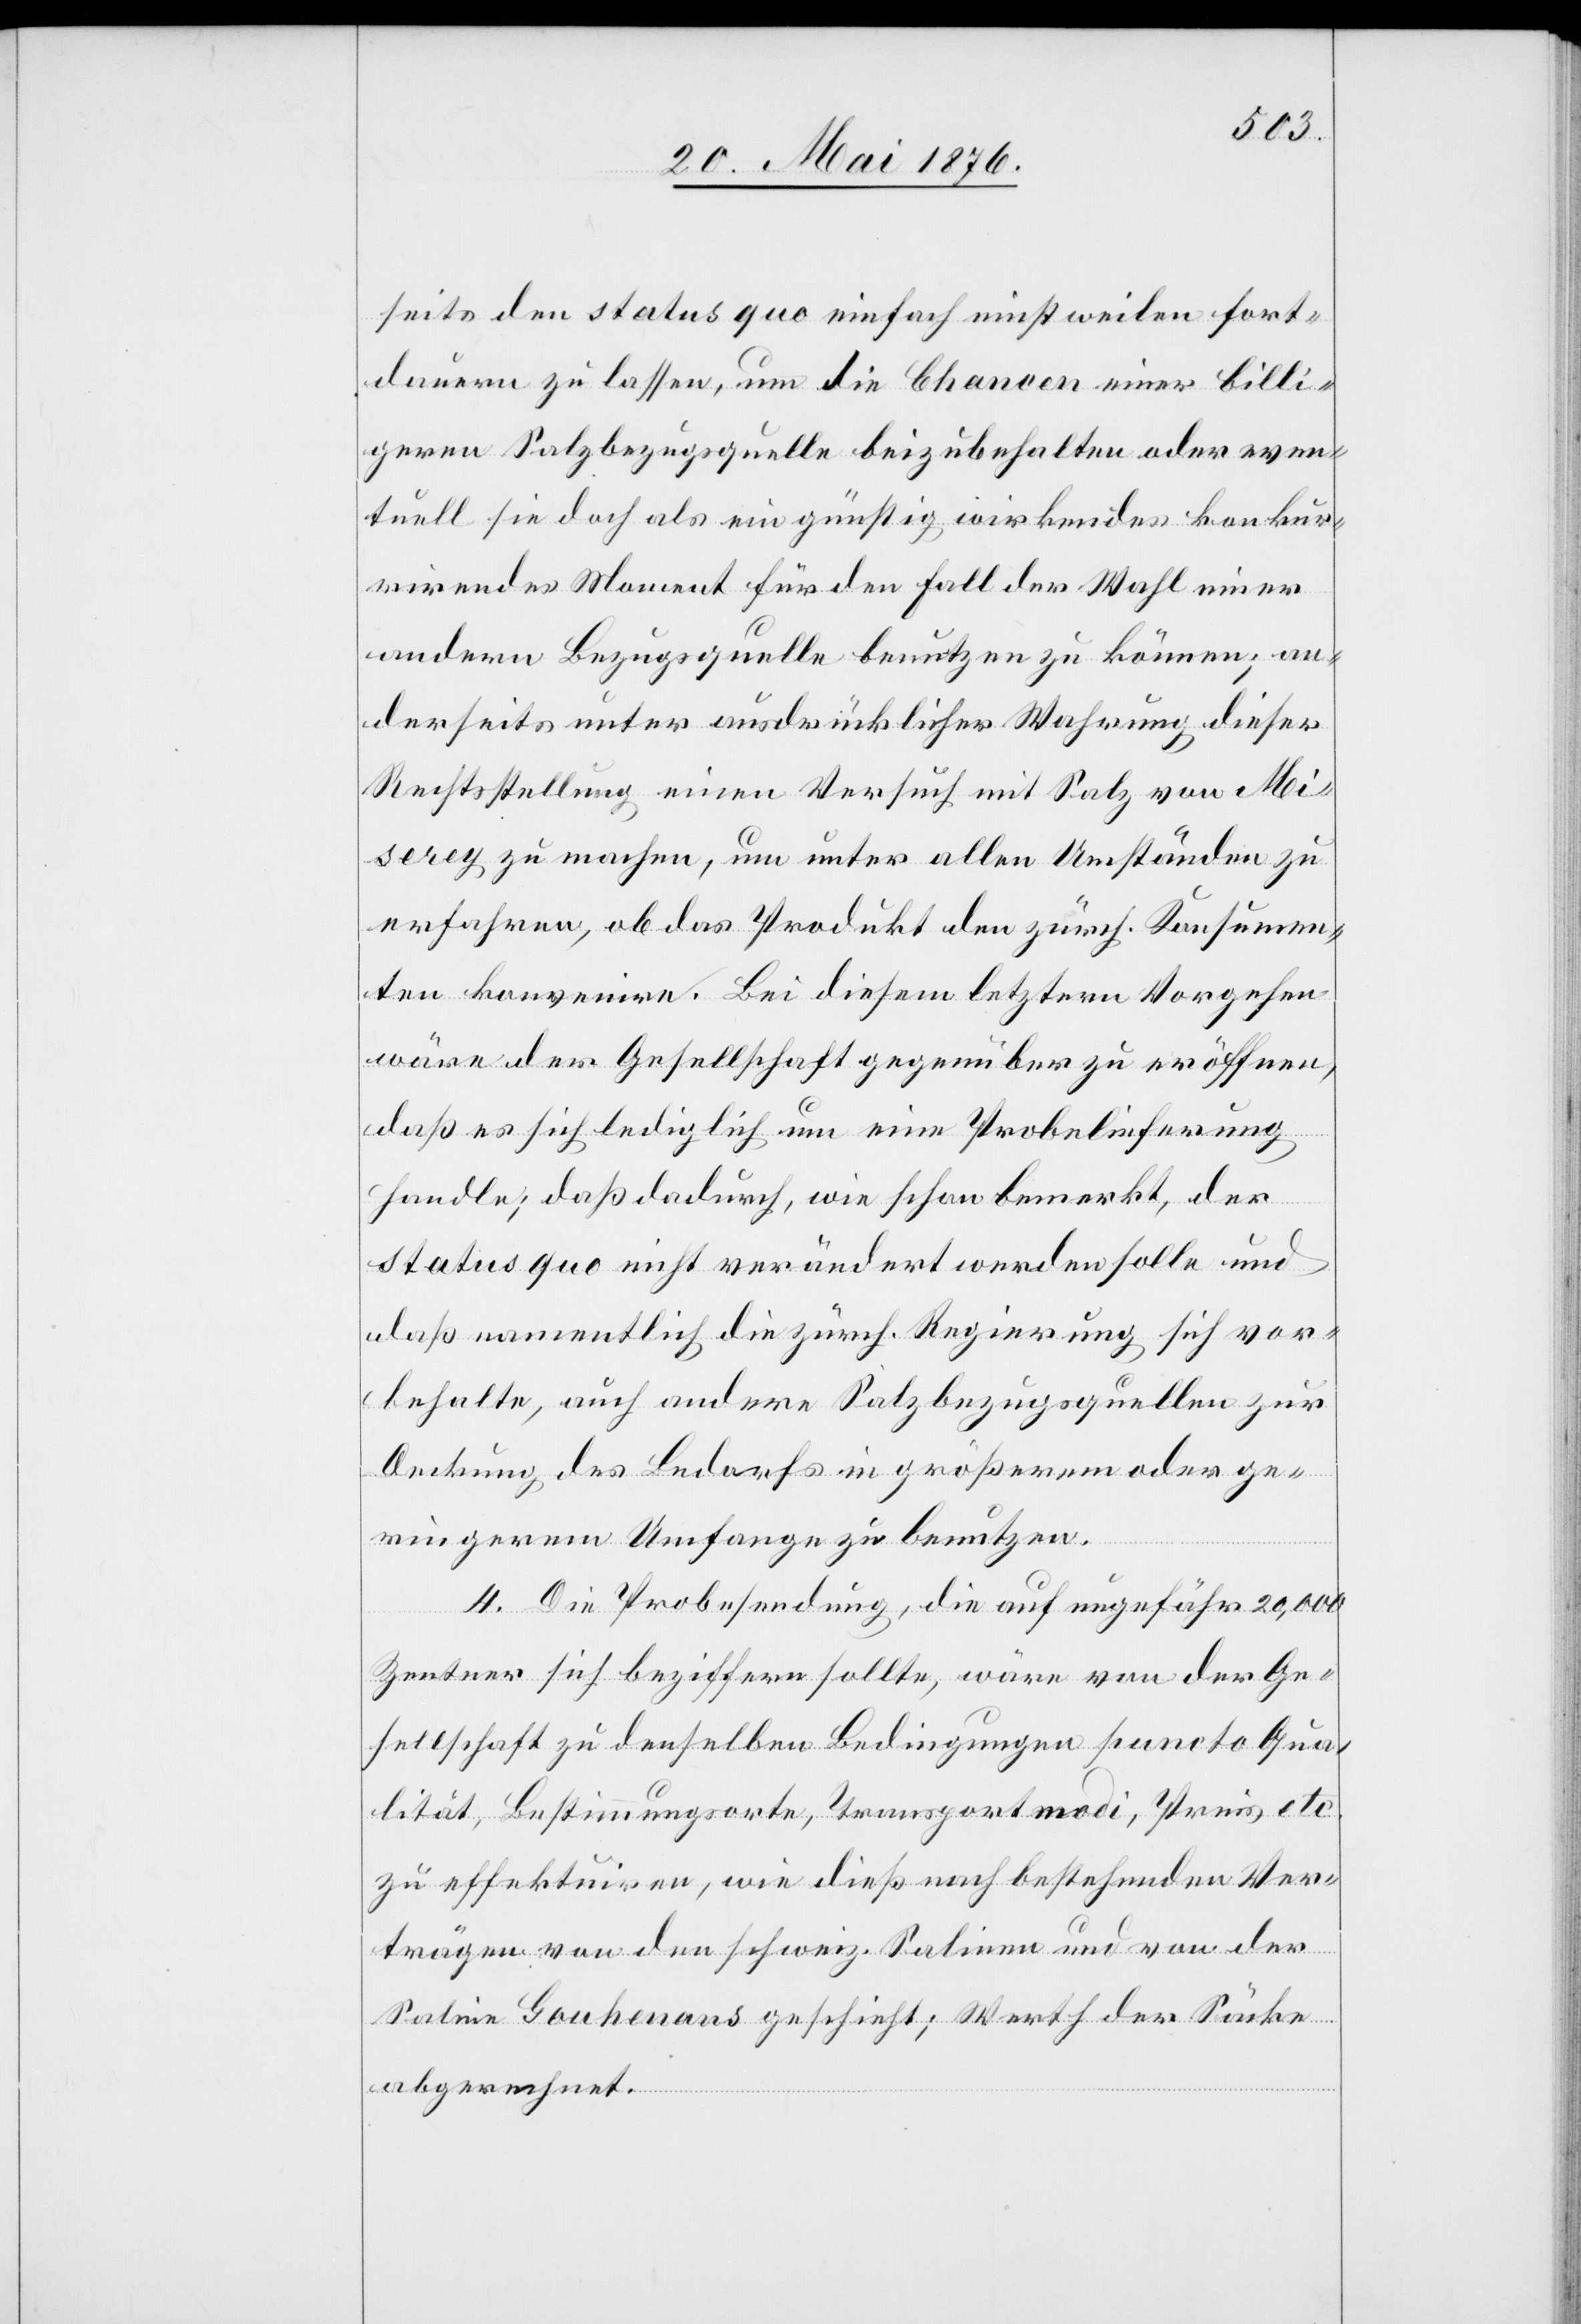
seits den status quo einfach einstweilen fort¬
dauern zu lassen, um die Chancen einer billi¬
geren Salzbezugsquelle beizubehalten oder even¬
tuell sie doch als ein günstig wirkendes konkur¬
rirendes Moment für den Fall der Wahl einer
andern Bezugsquelle benutzen zu können; an¬
derseits unter ausdrücklicher Wahrung dieser
Rechtsstellung einen Versuch mit Salz von Mi¬
serey zu machen, um unter allen Umständen zu
erfahren, ob das Produkt den zürch. Konsumen¬
ten konvenire. Bei diesem letztern Vorgehen
wäre der Gesellschaft gegenüber zu eröffnen,
daß es sich lediglich um eine Probelieferung
handle; daß dadurch, wie schon bemerkt, der
status quo nicht verändert werden solle und
daß namentlich die zürch. Regierung sich vor¬
behalte, auch andere Salzbezugsquellen zur
Deckung des Bedarfs in größerem oder ge¬
ringerem Umfange zu benutzen.
4. Die Probesendung, die auf ungefähr 20,000
Zentner sich beziffern sollte, wäre von der Ge¬
sellschaft zu denselben Bedingungen puncto Qua¬
lität, Bestimmungsorte, Transportmodi, Preis etc.
zu effektuiren, wie dieß nach bestehenden Ver¬
trägen von den schweiz. Salinen und von der
Saline Gouhenans geschieht, Werth der Säcke
abgerechnet.